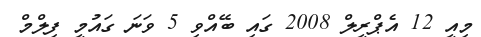
މިއީ 12 އެޕްރީލް 2008 ގައި ބޭއްވި 5 ވަނަ ގައުމީ ފިލްމް